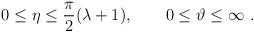
LaTeX: \begin{align*}0\le\eta\le\frac{\pi}{2}(\lambda +1),\qquad 0\le\vartheta\le\infty\ .\end{align*}